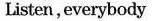
Listen,everybody